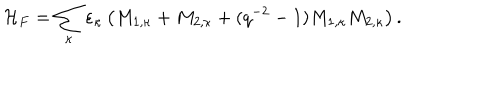
{ \cal H } _ { F } = \sum _ { \kappa } \varepsilon _ { \kappa } \left( M _ { 1 , \kappa } + M _ { 2 , \kappa } + ( q ^ { - 2 } - 1 ) M _ { 1 , \kappa } M _ { 2 , \kappa } \right) .